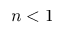
n < 1